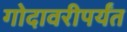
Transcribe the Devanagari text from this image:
गोदावरीपर्यंत